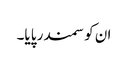
ان کو سمندر پایا۔